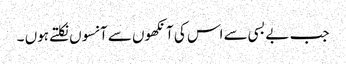
جب بے بسی سے اس کی آنکھوں سے آنسوں نکلتے ہوں ۔